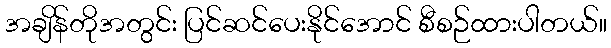
အချိန်တိုအတွင်း ပြင်ဆင်ပေးနိုင်အောင် စီစဉ်ထားပါတယ်။